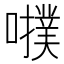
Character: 𡃒